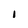
Character: I